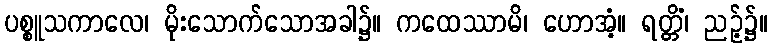
ပစ္စူသကာလေ၊ မိုးသောက်သောအခါ၌။ ကထေဿာမိ၊ ဟောအံ့။ ရတ္တိံ၊ ညဉ့်၌။